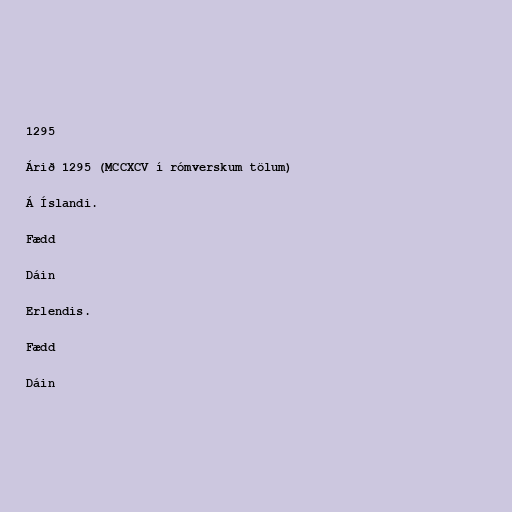
1295

Árið 1295 (MCCXCV í rómverskum tölum)

Á Íslandi.

Fædd

Dáin

Erlendis.

Fædd

Dáin